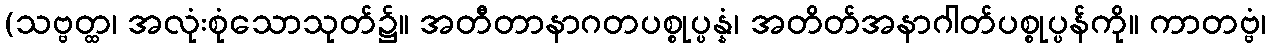
(သဗ္ဗတ္ထ၊ အလုံးစုံသောသုတ်၌။ အတီတာနာဂတပစ္စုပ္ပန္နံ၊ အတိတ်အနာဂါတ်ပစ္စုပ္ပန်ကို။ ကာတဗ္ဗံ၊